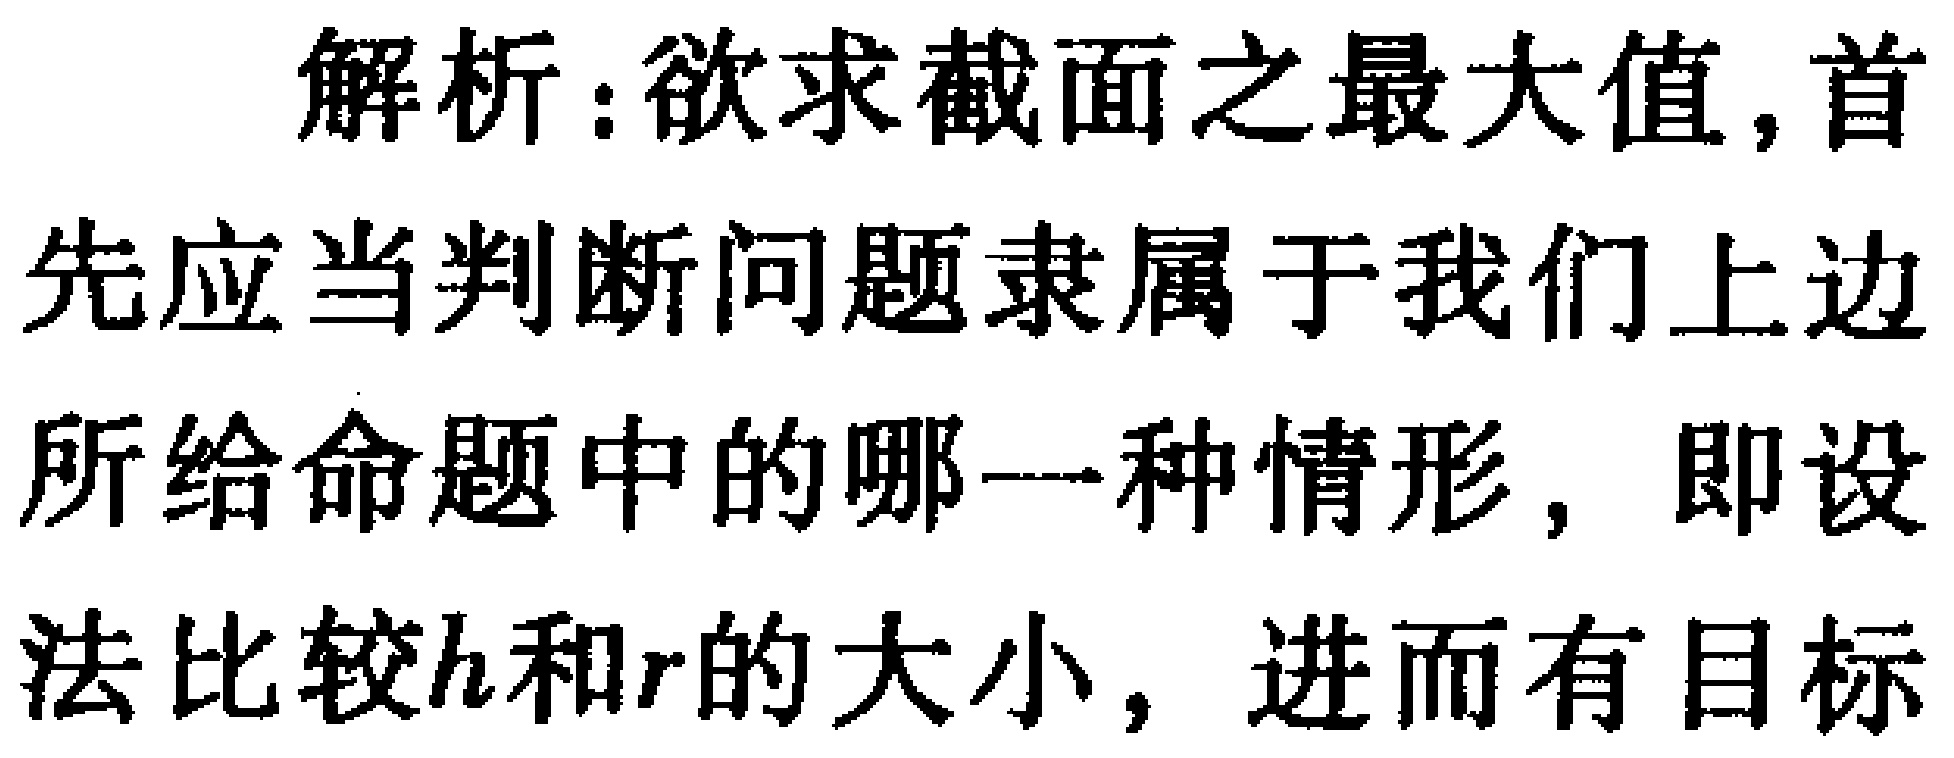
解析：欲求截面之最大值, 首先应当判断问题隶属于我们上边所给命题中的哪一种情形，即设法比较\(h\)和\(r\)的大小，进而有目标